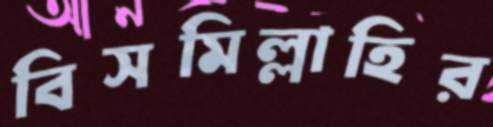
বিসমিল্লাহির